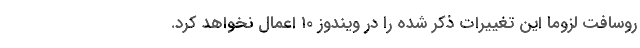
روسافت لزوما این تغییرات ذکر شده را در ویندوز 10 اعمال نخواهد کرد.